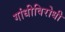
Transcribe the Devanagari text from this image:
गांधीविरोधी